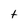
Character: t